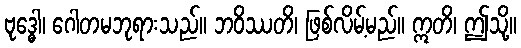
ဗုဒ္ဓေါ၊ ဂေါတမဘုရားသည်။ ဘဝိဿတိ၊ ဖြစ်လိမ့်မည်။ ဣတိ၊ ဤသို့။